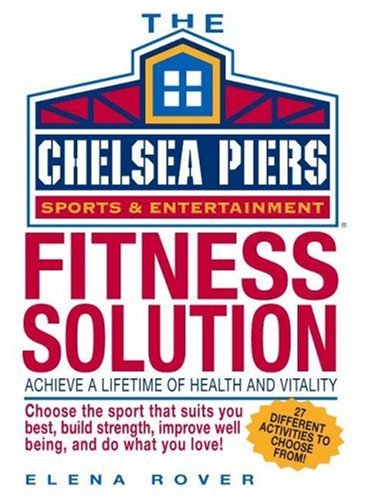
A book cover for Chelsea Piers Fitness Solution: Achieve a Lifetime of Health, Weight-Loss and Vitality By Discovering the Activity You Love; Elena Rover; Sports & Outdoors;